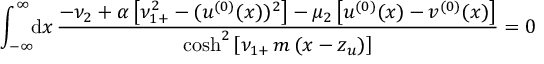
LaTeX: \int _ { - \infty } ^ { \infty } \! \! \mathrm { d } x \, \frac { - \nu _ { 2 } + \alpha \left[ \nu _ { 1 + } ^ { 2 } - ( u ^ { ( 0 ) } ( x ) ) ^ { 2 } \right] - \mu _ { 2 } \left[ u ^ { ( 0 ) } ( x ) - v ^ { ( 0 ) } ( x ) \right] } { \cosh ^ { 2 } \left[ \nu _ { 1 + } \, m \, ( x - z _ { u } ) \right] } = 0